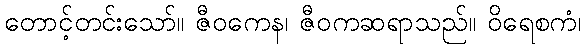
တောင့်တင်းသော်။ ဇီဝကေန၊ ဇီဝကဆရာသည်။ ဝိရေစကံ၊